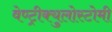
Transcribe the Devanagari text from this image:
वेण्ट्रीक्युलोस्टोमी